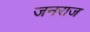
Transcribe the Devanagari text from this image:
जनराज